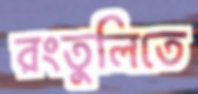
রংতুলিতে